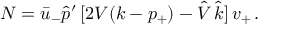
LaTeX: N = \bar { u } _ { - } \hat { p } ^ { \prime } \, [ 2 V ( k - p _ { + } ) - \hat { V } \, \hat { k } ] \, v _ { + } \, .